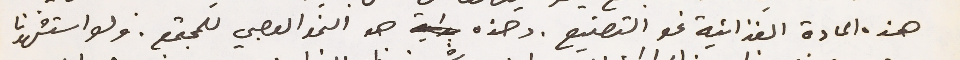
هذه المادة الغذائية نحو التصنيع. وهذه هو النمو العصبي للمجتمع. ولو استشهدنا